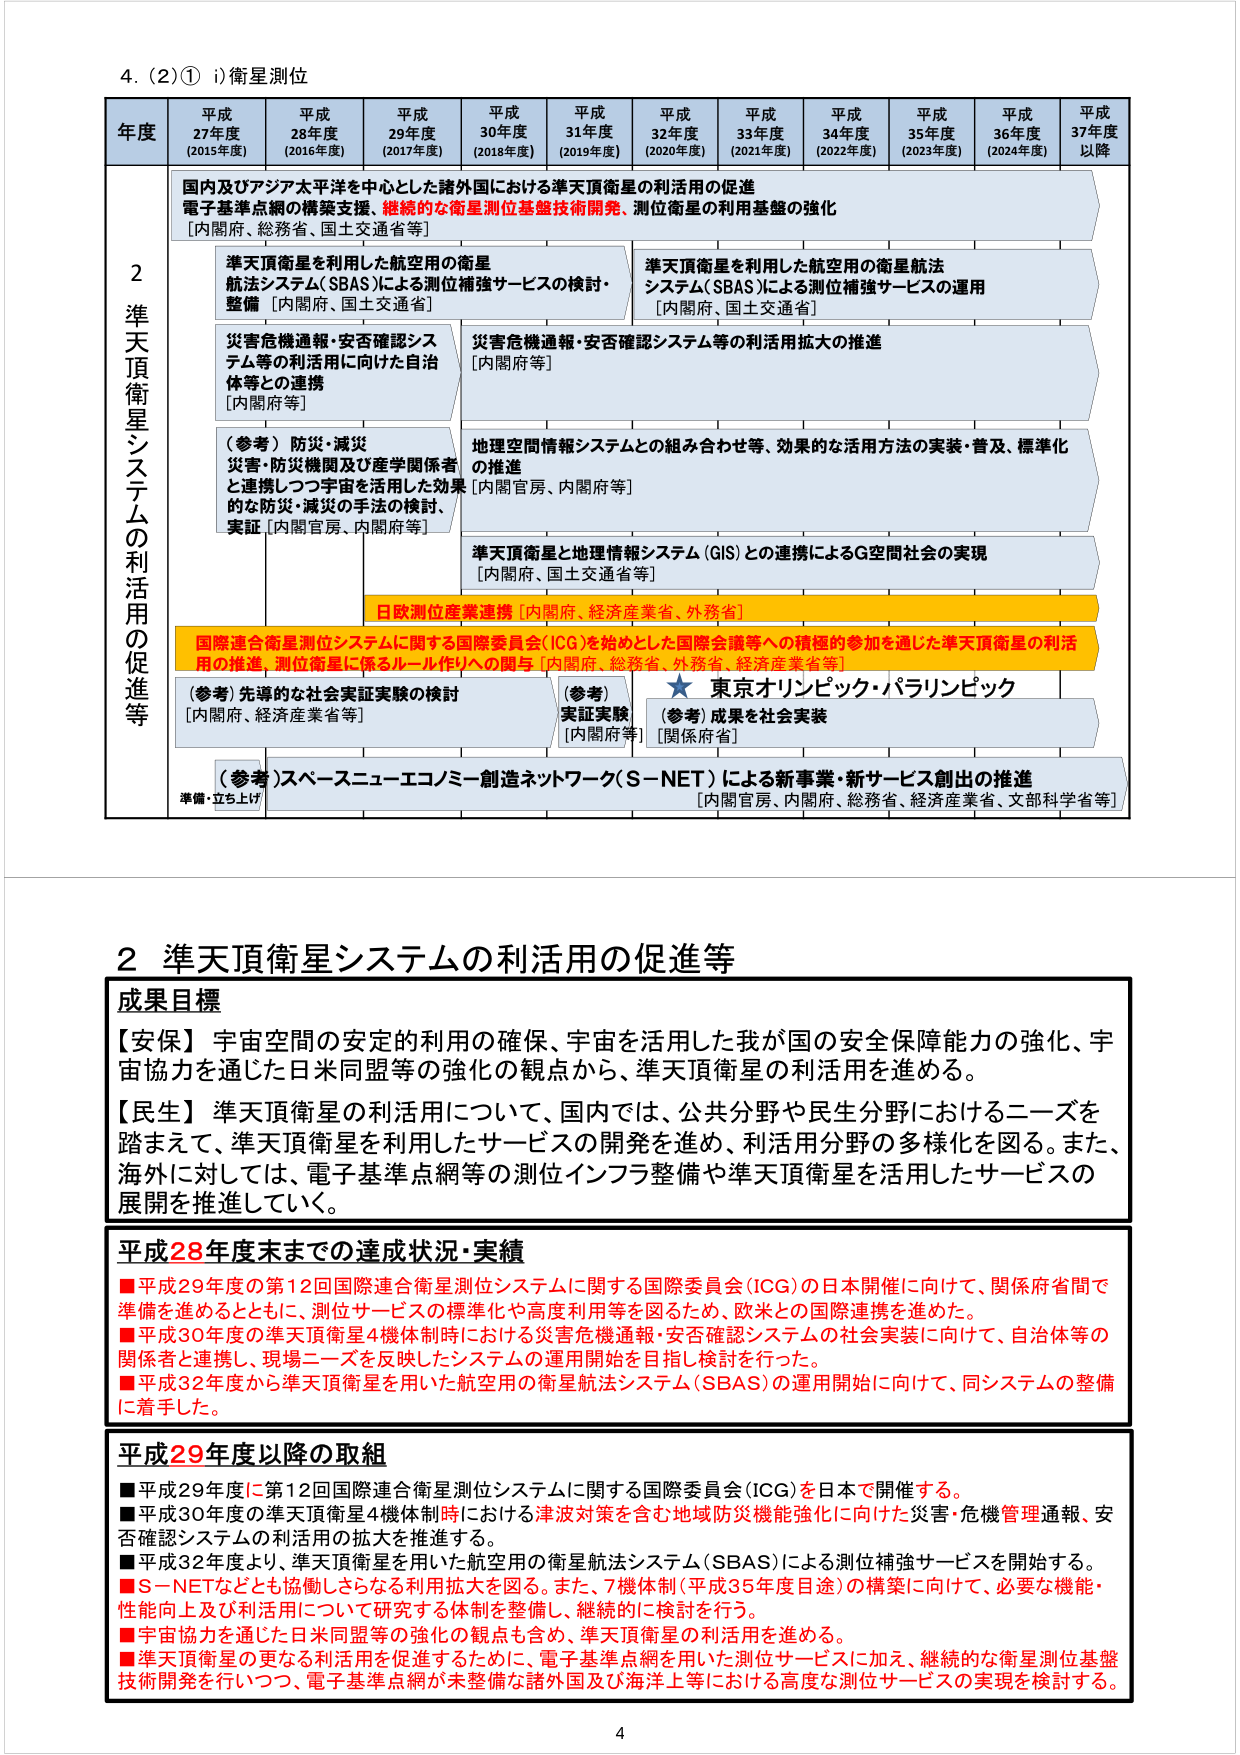
4. (2)① i) 衛星測位

年度 平成27年度 (2015年度) 平成28年度 (2016年度) 平成29年度 (2017年度) 平成30年度 (2018年度) 平成31年度 (2019年度) 平成32年度 (2020年度) 平成33年度 (2021年度) 平成34年度 (2022年度) 平成35年度 (2023年度) 平成36年度 (2024年度) 平成37年度以降

2 準天頂衛星システムの利活用の促進等

国内及びアジア太平洋を中心とした諸外国における準天頂衛星の利活用の促進 電子基準点網の構築支援、継続的な衛星測位基盤技術開発、測位衛星の利用基盤の強化 [内閣府、総務省、国土交通省等]

準天頂衛星を利用した航空用の衛星航法システム(SBAS)による測位補強サービスの検討・整備 [内閣府、国土交通省]

準天頂衛星を利用した航空用の衛星航法システム(SBAS)による測位補強サービスの運用 [内閣府、国土交通省]

災害危機通報・安否確認システム等の利活用に向けた自治体等との連携 [内閣府等]

災害危機通報・安否確認システム等の利活用拡大の推進 [内閣府等]

(参考) 防災・減災 災害・防災機関及び産学関係者と連携しつつ宇宙を活用した効果的な防災・減災の手法の検討、実証 [内閣官房、内閣府等]

地理空間情報システムとの組み合わせ等、効果的な活用方法の実装・普及、標準化の推進 [内閣官房、内閣府等]

準天頂衛星と地理情報システム(GIS)との連携によるG空間社会の実現 [内閣府、国土交通省等]

日欧測位産業連携 [内閣府、経済産業省、外務省]

国際連合衛星測位システムに関する国際委員会(ICG)を始めとした国際会議等への積極的参加を通じた準天頂衛星の利活用の推進、測位衛星に係るルール作りへの関与 [内閣府、総務省、外務省、経済産業省等]

(参考) 先導的な社会実証実験の検討 [内閣府、経済産業省等]

(参考) 実証実験 [内閣府等]

★ 東京オリンピック・パラリンピック

(参考) 成果を社会実装 [関係府省]

(参考) スペースニューエコノミー創造ネットワーク(S-NET)による新事業・新サービス創出の推進 [内閣官房、内閣府、総務省、経済産業省、文部科学省等]

準備・立ち上げ

2 準天頂衛星システムの利活用の促進等

成果目標

【安保】宇宙空間の安定的利用の確保、宇宙を活用した我が国の安全保障能力の強化、宇宙協力を通じた日米同盟等の強化の観点から、準天頂衛星の利活用を進める。

【民生】準天頂衛星の利活用について、国内では、公共分野や民生分野におけるニーズを踏まえて、準天頂衛星を利用したサービスの開発を進め、利活用分野の多様化を図る。また、海外に対しては、電子基準点網等の測位インフラ整備や準天頂衛星を活用したサービスの展開を推進していく。

平成28年度末までの達成状況・実績

■平成29年度の第12回国際連合衛星測位システムに関する国際委員会(ICG)の日本開催に向けて、関係府省間で準備を進めるとともに、測位サービスの標準化や高度利用を図るため、欧米との国際連携を進めた。

■平成30年度の準天頂衛星4機体制時における災害危機通報・安否確認システムの社会実装に向けて、自治体等の関係者と連携し、現場ニーズを反映したシステムの運用開始を目指し検討を行った。

■平成32年度から準天頂衛星を用いた航空用の衛星航法システム(SBAS)の運用開始に向けて、同システムの整備に着手した。

平成29年度以降の取組

■平成29年度に第12回国際連合衛星測位システムに関する国際委員会(ICG)を日本で開催する。

■平成30年度の準天頂衛星4機体制時における津波対策を含む地域防災機能強化に向けた災害・危機管理通報、安否確認システムの利活用の拡大を推進する。

■平成32年度より、準天頂衛星を用いた航空用の衛星航法システム(SBAS)による測位補強サービスを開始する。

■S-NETなどとも協働しそうなる利用拡大を図る。また、7機体制(平成35年度目途)の構築に向けて、必要な機能・性能向上及び利活用について研究する体制を整備し、継続的に検討を行う。

■宇宙協力を通じた日米同盟等の強化の観点も含め、準天頂衛星の利活用を進める。

■準天頂衛星の更なる利活用を促進するために、電子基準点網を用いた測位サービスに加え、継続的な衛星測位基盤技術開発を行いつつ、電子基準点網が未整備な諸外国及び海洋上等における高度な測位サービスの実現を検討する。

4